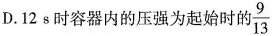
D.12s时容器内的压强为起始时的\frac{9}{13}